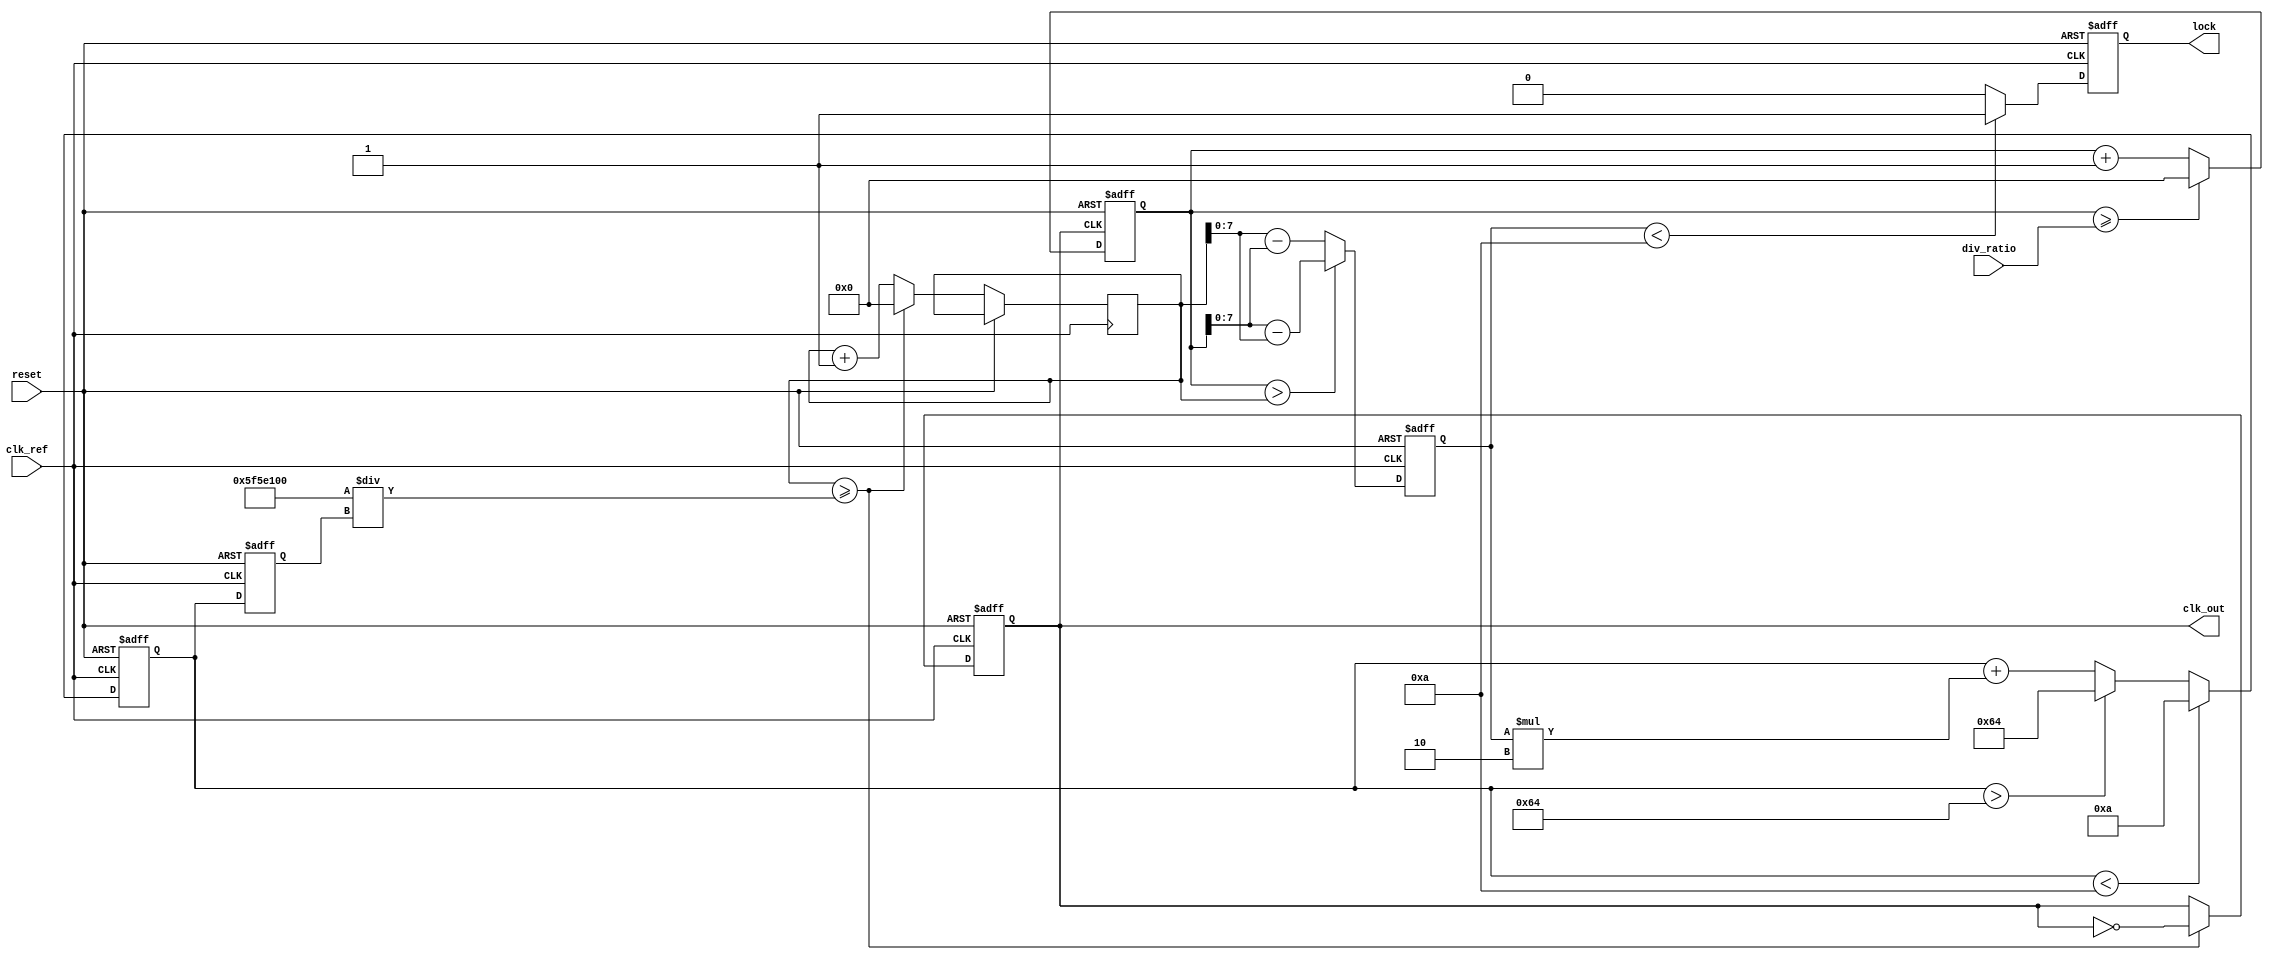
module dual_loop_pll (
    input wire clk_ref,           // Reference clock input
    input wire reset,             // Reset signal
    input wire [3:0] div_ratio,   // Division ratio for feedback
    output reg clk_out,           // Output clock
    output reg lock               // Lock indicator
);

// Parameters for the loop filter
parameter COARSE_GAIN = 8;      // Coarse loop gain
parameter FINE_GAIN = 2;         // Fine loop gain
parameter VCO_MAX_FREQ = 100;    // Max frequency for VCO
parameter VCO_MIN_FREQ = 10;     // Min frequency for VCO

// Internal signals
reg [7:0] phase_error;           // Phase error signal
reg [7:0] control_voltage;        // Control voltage for VCO
reg [7:0] vco_freq;              // VCO frequency
reg [31:0] counter;              // Counter for clock generation
reg [31:0] feedback_counter;     // Feedback counter for division

// Phase Detector (PD)
always @(posedge clk_ref or posedge reset) begin
    if (reset) begin
        phase_error <= 0;
    end else begin
        // Simple phase error calculation (for demonstration)
        // In practice, this would be more complex
        phase_error <= (feedback_counter > counter) ? (feedback_counter - counter) : (counter - feedback_counter);
    end
end

// Loop Filter (LF)
always @(posedge clk_ref or posedge reset) begin
    if (reset) begin
        control_voltage <= 0;
    end else begin
        // Coarse loop filter
        control_voltage <= control_voltage + (phase_error >> 1) * COARSE_GAIN;
        // Fine loop filter
        control_voltage <= control_voltage + (phase_error * FINE_GAIN);
        
        // Clamp control voltage to VCO limits
        if (control_voltage > VCO_MAX_FREQ) control_voltage <= VCO_MAX_FREQ;
        if (control_voltage < VCO_MIN_FREQ) control_voltage <= VCO_MIN_FREQ;
    end
end

// Voltage-Controlled Oscillator (VCO)
always @(posedge clk_ref or posedge reset) begin
    if (reset) begin
        vco_freq <= VCO_MIN_FREQ;
        clk_out <= 0;
    end else begin
        // Update VCO frequency based on control voltage
        vco_freq <= control_voltage;
        
        // Generate output clock based on VCO frequency
        if (counter >= (100000000 / vco_freq)) begin // Assuming clk_ref is 100MHz
            clk_out <= ~clk_out;
            counter <= 0;
        end else begin
            counter <= counter + 1;
        end
    end
end

// Frequency Divider
always @(posedge clk_out or posedge reset) begin
    if (reset) begin
        feedback_counter <= 0;
    end else begin
        feedback_counter <= feedback_counter + 1;
        if (feedback_counter >= div_ratio) begin
            feedback_counter <= 0;
        end
    end
end

// Lock Detection Logic
always @(posedge clk_ref or posedge reset) begin
    if (reset) begin
        lock <= 0;
    end else begin
        // Simple lock detection (for demonstration)
        // In practice, this would involve more sophisticated logic
        if (phase_error < 10) begin // Threshold for lock
            lock <= 1;
        end else begin
            lock <= 0;
        end
    end
end

endmodule